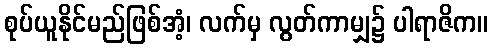
စုပ်ယူနိုင်မည်ဖြစ်အံ့၊ လက်မှ လွတ်ကာမျှ၌ ပါရာဇိက။